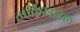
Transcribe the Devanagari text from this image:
ताकिस्राइल